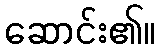
ဆောင်း၏။